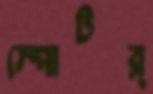
স্পোটর্